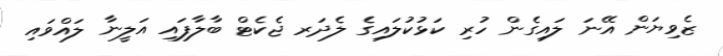
ޒެވިޔަން އޭނަ ލައިގެން ހުރި ކަޅުކުލައިގެ ލެދަރ ޖެކެޓް ބާލާފައި އަލީނާ ލައްވައި